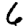
Digit: 6